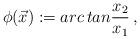
LaTeX: \begin{align*}\phi(\vec{x}): = arc \, tan {x_{2}\over x_{1}}\, ,\end{align*}